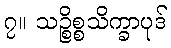
၇။ သဉ္စိစ္စသိက္ခာပုဒ်